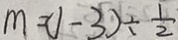
m = ( 1 - 3 ) \div \frac { 1 } { 2 }